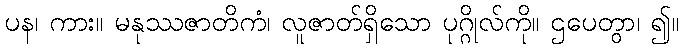
ပန၊ ကား။ မနုဿဇာတိကံ၊ လူဇာတ်ရှိသော ပုဂ္ဂိုလ်ကို။ ဌပေတွာ၊ ၍။